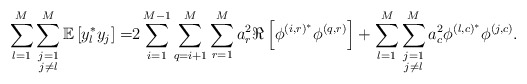
\begin{align*} \sum_{l=1}^M\sum\limits_{\substack{j=1\\j\neq l}}^M\mathbb{E}\left[y_l^* y_j\right]=&2\sum_{i=1}^{M-1}\sum_{q=i+1}^{M}\sum_{r=1}^M a_r^2\Re\left[\phi^{\left(i,r\right)^*}\phi^{\left(q,r\right)}\right]+\sum_{l=1}^M\sum\limits_{\substack{j=1\\j\neq l}}^M a_c^2\phi^{\left(l,c\right)^*}\phi^{\left(j,c\right)}.\end{align*}